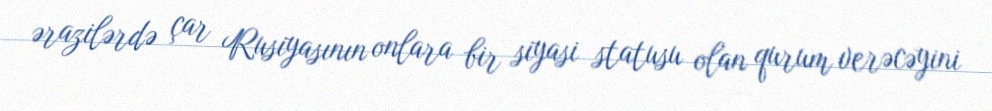
ərazilərdə çar Rusiyasının onlara bir siyasi statusu olan qurum verəcəyini